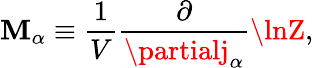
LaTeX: \mathbf{M}_{\alpha}\equiv\frac{{1}}{{V}}\frac{{\partial}}{{\partialj_{\alpha}}}\lnZ,